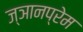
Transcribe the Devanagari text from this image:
ज्ञानप्रेम